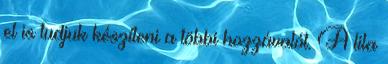
el is tudjuk készíteni a többi hozzávalót. A lila